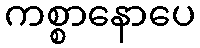
ကစ္စာနောပေ